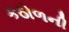
કઠોળની